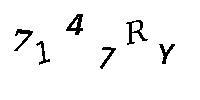
7147RY